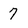
Character: 7